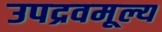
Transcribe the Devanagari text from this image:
उपद्रवमूल्य